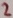
Text: 2